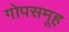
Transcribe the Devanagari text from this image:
गोपसमूह